Indian Medical Review
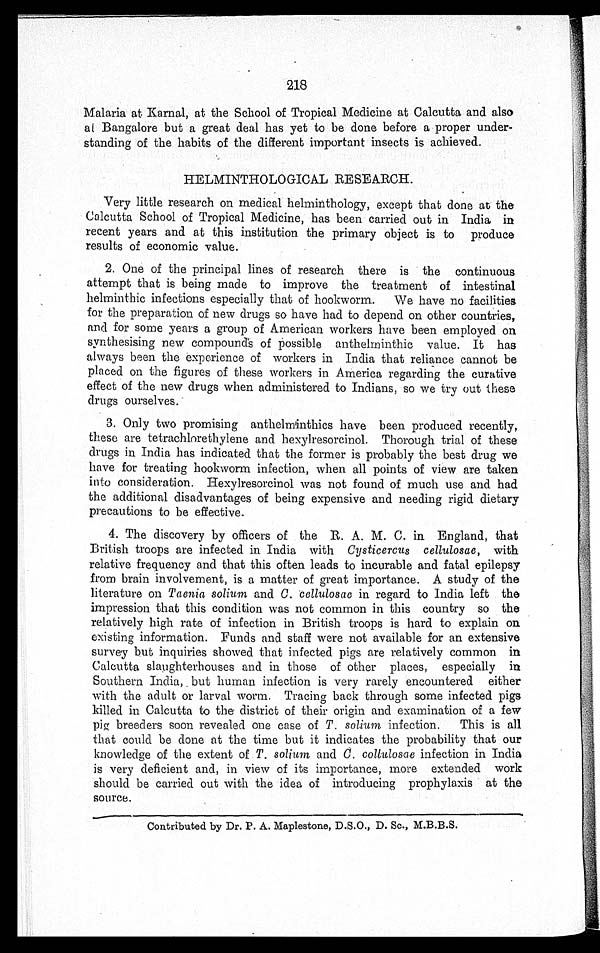
218
Malaria at Karnal, at the School of Tropical Medicine at Calcutta and also
al Bangalore but a great deal has yet to be done before a proper under
- s t a n d i n g o f t h e h a b i t s o f t h e d i f f e r e n t i m p o r t a n t i n s e c t s i s a c h i e v e d .
H E L M I N T H O L O G I C A L R E S E A R C H .
Very little research on medical helminthology, except that done at the
Calcutta School of Tropical Medicine, has been carried out in India in
recent years and at this institution the primary object is to produce
results of economic value.
2. One of the principal lines of research there is the continuous
attempt that is being made to improve the treatment of intestinal
h e l m i n t h i c i n f e c t i o n s e s p e c i a l l y t h a t o f h o o k w o r m . W e h a v e n o f a c i l i t i e s
for the preparation of new drugs so have had to depend on other countries,
and for some years a group of American workers have been employed on
synthesising new compounds of possible anthelminthic value. It has
always been the experience of workers in India that reliance cannot be
placed on the figures of these workers in America regarding the curative
effect of the new drugs when administered to Indians, so we try out these
drugs ourselves.
3. Only two promising anthelminthics have been produced recently,
these are tetrachlorethylene and hexylresorcinol. Thorough trial of these
drugs in India has indicated that the former is probably the best drug we
have for treating hookworm infection, when all points of view are taken
into consideration. Hexylresorcinol was not found of much use and had
the additional disadvantages of being expensive and needing rigid dietary
precautions to be effective.
4. The discovery by officers of the R. A. M. C. in England, that
British troops are infected in India with Cysticercus cellulosae, with
relative frequency and that this often leads to incurable and fatal epilepsy
from brain involvement, is a matter of great importance. A study of the
literature on Taenia solium and C. cellulosae in regard to India left the
impression that this condition was not common in this country so the
relatively high rate of infection in British troops is hard to explain on
existing information. Funds and staff were not available for an extensive
survey but inquiries showed that infected pigs are relatively common in
Calcutta slaughterhouses and in those of other places, especially in
Southern India, but human infection is very rarely encountered either
with the adult or larval worm. Tracing back through some infected pigs
killed in Calcutta to the district of their origin and examination of a few
pig breeders soon revealed one case of T. solium infection. This is all
that could be done at the time but it indicates the probability that our
knowledge of the extent of T. solium and C. collulosae infection in India
is very deficient and, in view of its importance, more extended work
should be carried out with the idea of introducing prophylaxis at the
source.
Contributed by Dr. P. A. Maplestone, D.S.O., D. Sc., M.B.B.S.